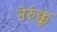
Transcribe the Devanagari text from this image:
नेर्रुक्कू